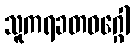
သူကရခတဝဂ္ဂေါ